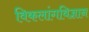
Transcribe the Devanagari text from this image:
विकलांगविज्ञान